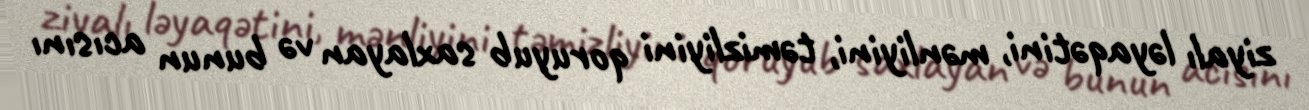
ziyalı ləyaqətini, mənliyini, təmizliyini qoruyub saxlayan və bunun acısını